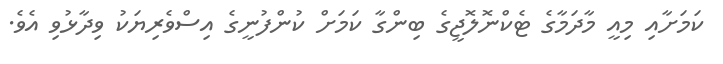
ކަމަށާއި މިއީ މާދަމާގެ ޓެކްނޮލޮޖީގެ ބިންގާ ކަމަށް ކުންފުނީގެ އިސްވެރިޔަކު ވިދާޅުވި އެވެ.